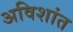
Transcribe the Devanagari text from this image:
अविशांत